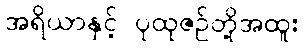
အရိယာနှင့် ပုထုဇဉ်တို့အထူး